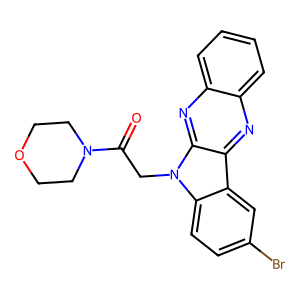
SMILES: O=C(Cn1c2ccc(Br)cc2c2nc3ccccc3nc21)N1CCOCC1
Inhibits HIV replication: No